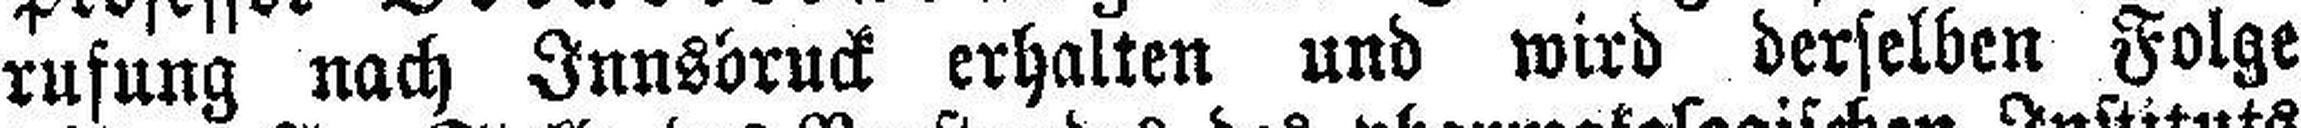
rufung nach Innsbruck erhalten und wird derselben Folge